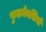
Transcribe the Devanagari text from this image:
फुलगेनसियों